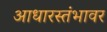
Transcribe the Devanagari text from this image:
आधारस्तंभावर